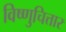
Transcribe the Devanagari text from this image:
विष्णुचित्तार